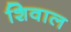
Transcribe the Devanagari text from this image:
शिवाल